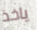
ياخذ